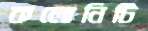
কলোনিটি